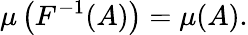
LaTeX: \mu\left(F^{-1}(A)\right)=\mu(A).